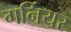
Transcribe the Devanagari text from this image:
गर्नियर